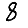
Digit: 8